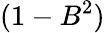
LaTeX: (1-B^{2})